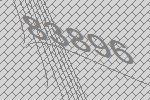
83896